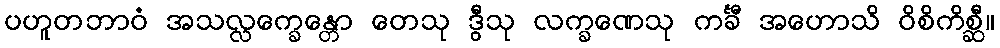
ပဟူတဘာဝံ အသလ္လက္ခေန္တော တေသု ဒွီသု လက္ခဏေသု ကင်္ခီ အဟောသိ ဝိစိကိစ္ဆီ။